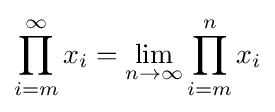
\prod _{i=m}^{\infty }x_{i}=\lim _{n\to \infty }\prod _{i=m}^{n}x_{i}